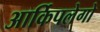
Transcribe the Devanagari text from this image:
आर्किपलेगो